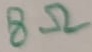
Text: 8Ω